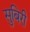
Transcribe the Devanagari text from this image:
सुबिरी